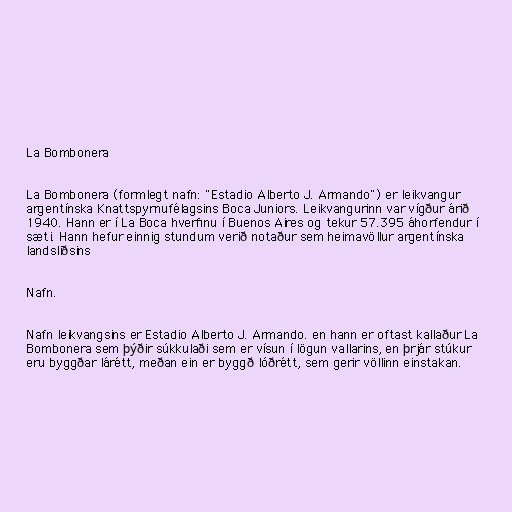
La Bombonera

La Bombonera (formlegt nafn: "Estadio Alberto J. Armando") er leikvangur
argentínska Knattspyrnufélagsins Boca Juniors. Leikvangurinn var vígður árið
1940. Hann er í La Boca hverfinu í Buenos Aires og tekur 57.395 áhorfendur í
sæti. Hann hefur einnig stundum verið notaður sem heimavöllur argentínska
landsliðsins

Nafn.

Nafn leikvangsins er Estadio Alberto J. Armando. en hann er oftast kallaður La
Bombonera sem þýðir súkkulaði sem er vísun í lögun vallarins, en þrjár stúkur
eru byggðar lárétt, meðan ein er byggð lóðrétt, sem gerir völlinn einstakan.